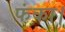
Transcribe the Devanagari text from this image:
फंका।